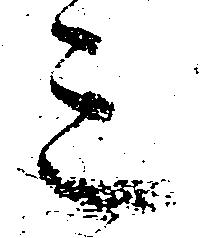
三